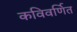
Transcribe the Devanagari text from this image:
कविवर्णित